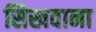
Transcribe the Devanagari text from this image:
सिखवाना